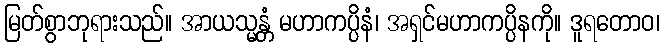
မြတ်စွာဘုရားသည်။ အာယသ္မန္တံ မဟာကပ္ပိနံ၊ အရှင်မဟာကပ္ပိနကို။ ဒူရတောဝ၊